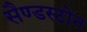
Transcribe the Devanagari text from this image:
सैण्डस्टोन